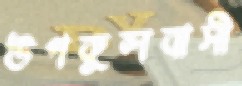
উপকূলবাসী